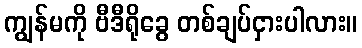
ကျွန်မကို ဗီဒီရိုခွေ တစ်ချပ်ငှားပါလား။